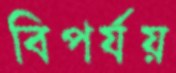
বিপর্যয়